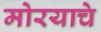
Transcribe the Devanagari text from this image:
मोरयाचे